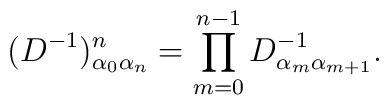
(D^{-1})^n_{\alpha_0 \alpha_n}=\prod_{m=0}^{n-1}D^{-1}_{\alpha_m\alpha_{m+1}}.